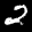
Label: 2